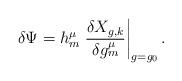
LaTeX: \begin{align*}\delta\Psi=h^\mu_m\left.\frac{\delta X_{g,k}}{\delta g^\mu_m}\right|_{g=g_0}.\end{align*}